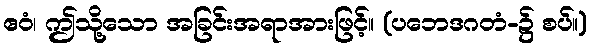
ဧဝံ၊ ဤသို့သော အခြင်းအရာအားဖြင့်။ (ပဘေဒဂတံ-၌ စပ်။)